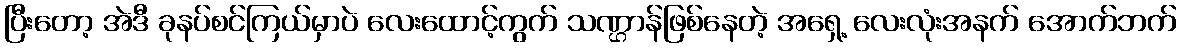
ပြီးတော့ အဲဒီ ခုနပ်စင်ကြယ်မှာပဲ လေးထောင့်ကွက် သဏ္ဌာန်ဖြစ်နေတဲ့ အရှေ့ လေးလုံးအနက် အောက်ဘက်